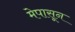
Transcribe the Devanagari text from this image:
मेपासून